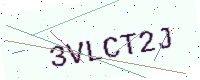
Text: 3VLCT2J